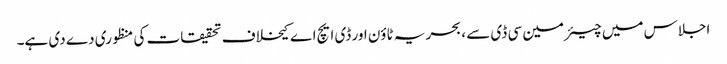
اجلاس میں چیئرمین سی ڈی سے ، بحریہ ٹاؤن اور ڈی ایچ اے کیخلاف تحقیقات کی منظوری دے دی ہے۔